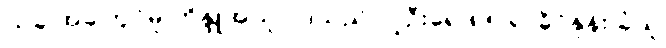
ယခု အခါတွင်မူ ဟိန္ဒူအယူဝါဒသည် လူဦးရေ ၈၅ ရာခိုင်နှုန်း ခံယူ